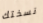
نسختك